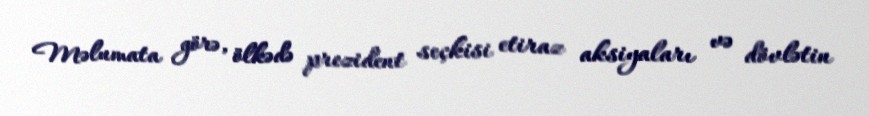
Məlumata görə, ölkədə prezident seçkisi etiraz aksiyaları və dövlətin